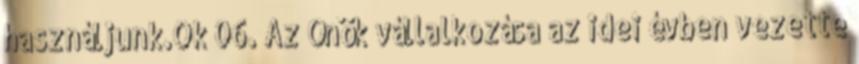
használjunk.Ok 06. Az Önök vállalkozása az idei évben vezette